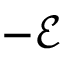
- { \mathcal { E } }